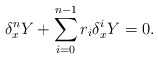
\begin{align*} \delta_x^nY+\sum_{i=0}^{n-1}r_i\delta_x^iY=0.\end{align*}